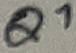
Text: Q1